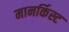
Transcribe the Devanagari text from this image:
मानर्किस्ट